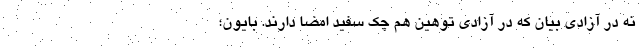
نه در آزادی بیان که در آزادی توهین هم چک سفید امضا دارند. بایون؛